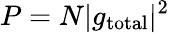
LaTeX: P=N|g_{\mathrm{total}}|^{2}